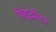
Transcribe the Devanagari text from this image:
विद्युद्रोधन